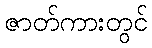
ဇာတ်ကားတွင်